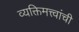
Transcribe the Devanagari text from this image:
व्यक्तिमत्त्वांची